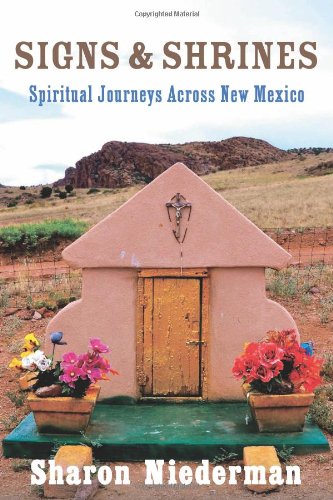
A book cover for Signs & Shrines: Spiritual Journeys Across New Mexico; Sharon Niederman; Travel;